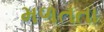
મળતતા